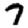
Digit: 7